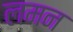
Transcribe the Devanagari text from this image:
लमन